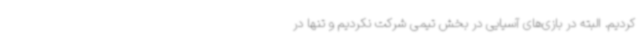
کردیم. البته در بازی‌های آسیایی در بخش تیمی شرکت نکردیم و تنها در